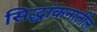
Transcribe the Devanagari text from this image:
सिद्धांकनातील